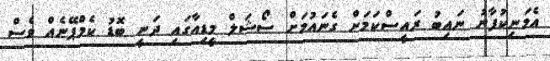
އެމަނިކުފާނު ނައިބު ރައީސްކަމަށް ގެނައުމަށް ސޯޝަލް މީޑިއާގައި ދަނީ ބޮޑު ކެމްޕޭނެއް ވެސް